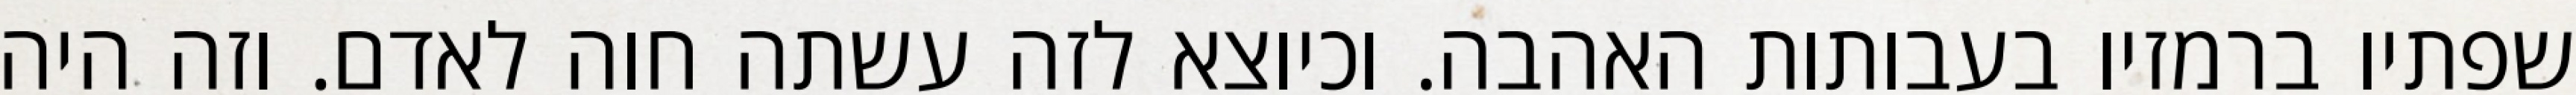
שפתיו ברמזיו בעבותות האהבה. וכיוצא לזה עשתה חוה לאדם. וזה היה